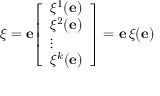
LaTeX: \xi = { \mathbf { e } } { \left[ \begin{array} { l } { \xi ^ { 1 } ( \mathbf { e } ) } \\ { \xi ^ { 2 } ( \mathbf { e } ) } \\ { \vdots } \\ { \xi ^ { k } ( \mathbf { e } ) } \end{array} \right] } = { \mathbf { e } } \, \xi ( \mathbf { e } )